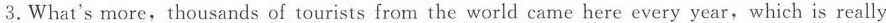
3. What's more , thousands of tourists form the world came here every year , which is really